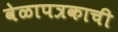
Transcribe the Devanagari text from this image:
वेळापत्रकाची